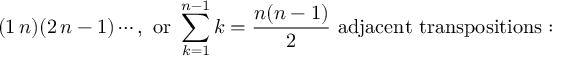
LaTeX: ( 1 \, n ) ( 2 \, n - 1 ) \cdots , { \mathrm { ~ o r ~ } } \sum _ { k = 1 } ^ { n - 1 } k = { \frac { n ( n - 1 ) } { 2 } } { \mathrm { ~ a d j a c e n t ~ t r a n s p o s i t i o n s : ~ } }